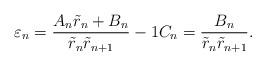
LaTeX: \begin{align*} \varepsilon_n=\frac{A_n\tilde{r}_n+B_n}{\tilde{r}_n\tilde{r}_{n+1}}-1 C_n=\frac{B_n}{\tilde{r}_n\tilde{r}_{n+1}}.\end{align*}